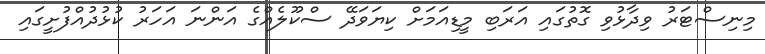
މިނިސްޓަރު ވިދާޅުވި ގޮތުގައި އަރަބި މީޑިއަމަށް ކިޔަވަދޭ ސްކޫލެއްގެ އަންނަ އަހަރު ކުޅުދުއްފުށީގައި